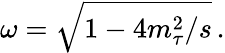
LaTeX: \omega=\sqrt{1-4m_{\tau}^{2}/s}\, .